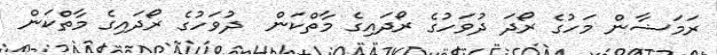
ރަމަޟާން މަހުގެ ރޯދަ ދުވަހުގެ ރޯދައިގެ މާތްކަން  ދުވަހުގެ ރޯދައިގެ މާތްކަން